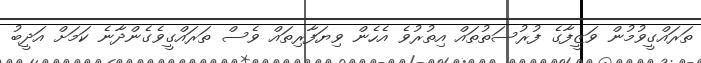
ތަރައްގީވުމުން ވަޒީފާގެ ފުރުސަތުތައް އިތުރުވެ އެހެން ވިޔަފާރިތައް ވެސް ތަރައްގީވެގެންދާނެ ކަމަށް އަދީބު